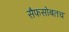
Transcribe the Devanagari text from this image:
सैफसोबतच